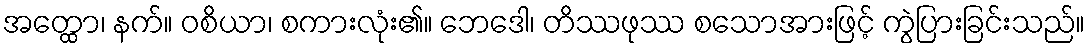
အတ္ထော၊ နက်။ ဝစိယာ၊ စကားလုံး၏။ ဘေဒေါ၊ တိဿဖုဿ စသောအားဖြင့် ကွဲပြားခြင်းသည်။